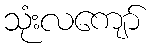
သုံးလကျော်